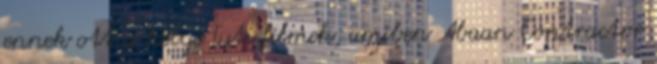
ennek ott a helye Tuti filmek, amiben Abaan Contractor